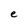
Character: e